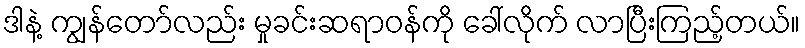
ဒါနဲ့ ကျွန်တော်လည်း မှုခင်းဆရာဝန်ကို ခေါ်လိုက် လာပြီးကြည့်တယ်။